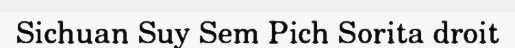
Sichuan Suy Sem Pich Sorita droit